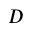
D